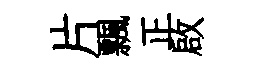
片飄正啟